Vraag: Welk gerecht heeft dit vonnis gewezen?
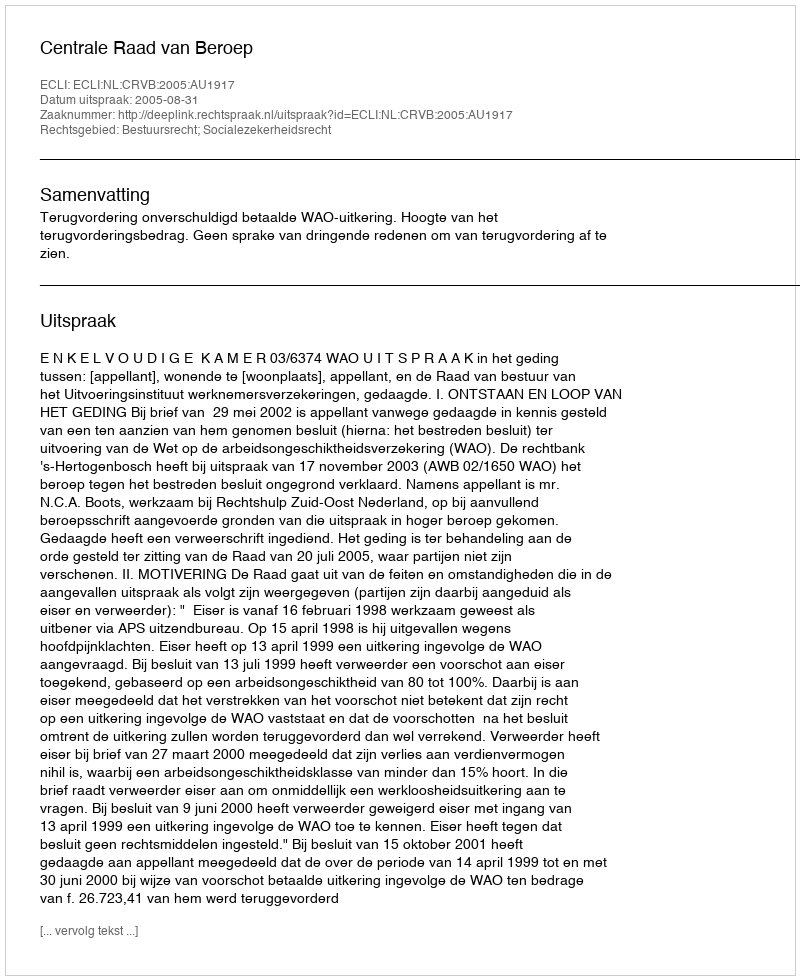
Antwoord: Centrale Raad van Beroep